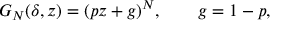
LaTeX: G _ { N } ( \delta , z ) = ( p z + g ) ^ { N } , \qquad g = 1 - p ,